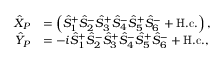
\begin{array} { r l } { \hat { X } _ { P } } & { = \left( \hat { S } _ { 1 } ^ { + } \hat { S } _ { 2 } ^ { - } \hat { S } _ { 3 } ^ { + } \hat { S } _ { 4 } ^ { - } \hat { S } _ { 5 } ^ { + } \hat { S } _ { 6 } ^ { - } + \mathrm { H . c . } \right) , } \\ { \hat { Y } _ { P } } & { = - i \hat { S } _ { 1 } ^ { + } \hat { S } _ { 2 } ^ { - } \hat { S } _ { 3 } ^ { + } \hat { S } _ { 4 } ^ { - } \hat { S } _ { 5 } ^ { + } \hat { S } _ { 6 } ^ { - } + \mathrm { H . c . } , } \end{array}